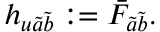
h _ { u \tilde { a } \tilde { b } } : = \bar { F } _ { \tilde { a } \tilde { b } } .